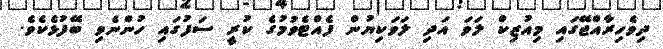
ދިވެހިރާއްޖޭގައި މިއުޒިކް ލަވަ އަދި ލަވަކިޔުން ފެއްޓެވުމުގެ ކުރީ ސަފުގައި ހުންނެވި ބޭފުޅެކެވެ.